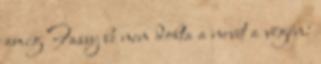
amíg Fassy be nem dobta a nevét a végén: